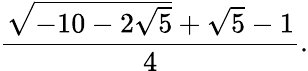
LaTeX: {\frac{{\sqrt{-10-2{\sqrt{5}}}}+{\sqrt{5}}-1}{4}}.